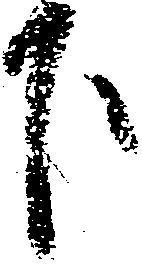
下